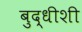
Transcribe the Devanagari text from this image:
बुद्धीशी